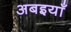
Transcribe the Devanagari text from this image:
अबइयाँ